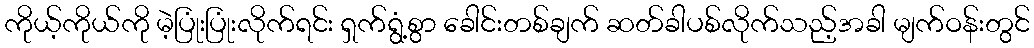
ကိုယ့်ကိုယ်ကို မဲ့ပြုံးပြုံးလိုက်ရင်း ရှက်ရွံ့စွာ ခေါင်းတစ်ချက် ဆတ်ခါပစ်လိုက်သည့်အခါ မျက်ဝန်းတွင်